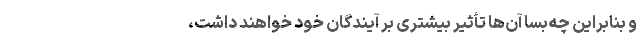
و بنابراین چه‌بسا آن‌ها تأثیر‌ بیشتری بر آیندگان خود خواهند داشت،